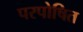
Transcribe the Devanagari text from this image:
परपोषित